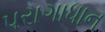
પરાગાધાન